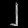
Digit: ၂